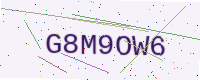
Text: G8M9OW6